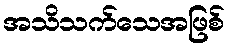
အသိသက်သေအဖြစ်